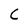
Character: C